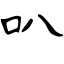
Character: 叭